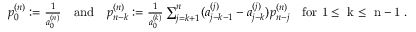
\begin{array} { r } { p _ { 0 } ^ { ( n ) } : = \frac { 1 } { a _ { 0 } ^ { ( n ) } } \quad \mathrm { a n d } \quad p _ { n - k } ^ { ( n ) } : = \frac { 1 } { a _ { 0 } ^ { ( k ) } } \sum _ { j = k + 1 } ^ { n } ( a _ { j - k - 1 } ^ { ( j ) } - a _ { j - k } ^ { ( j ) } ) p _ { n - j } ^ { ( n ) } \quad \mathrm { f o r ~ 1 \le ~ k \le ~ n - 1 ~ } . } \end{array}